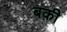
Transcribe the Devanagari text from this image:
बक़ी